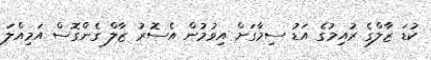
ކުޑަ ޒާލްގެ ރުއިމުގެ އަޑު ސިމާގަށް އިވުމުން އެސޮރު ޒާލް ގެންގޮސް އަމިއްލަ